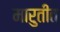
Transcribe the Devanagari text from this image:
मारुतींत